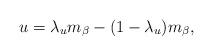
LaTeX: \begin{align*}u=\lambda_u m_\beta-(1-\lambda_u)m_\beta, \end{align*}